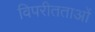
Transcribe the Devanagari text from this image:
विपरीतताओं